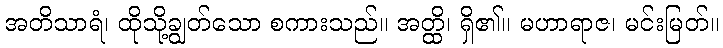
အတိသာရံ၊ ထိုသို့ချွတ်သော စကားသည်။ အတ္ထိ၊ ရှိ၏။ မဟာရာဇ၊ မင်းမြတ်။